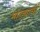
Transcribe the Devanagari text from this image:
भांड्याची